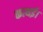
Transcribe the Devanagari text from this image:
कत्थई।